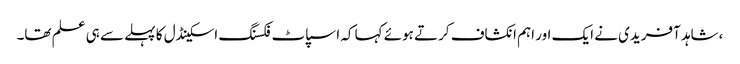
،شاہد آفریدی نے ایک اور اہم انکشاف کرتے ہوئے کہا کہ اسپاٹ فکسنگ اسکینڈل کا پہلے سے ہی علم تھا۔